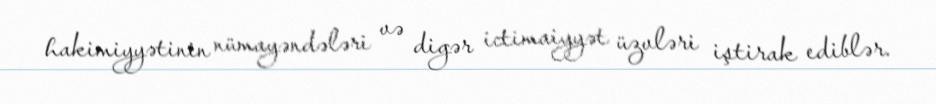
hakimiyyətinin nümayəndələri və digər ictimaiyyət üzvləri iştirak ediblər.